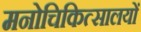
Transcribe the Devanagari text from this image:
मनोचिकित्सालयों